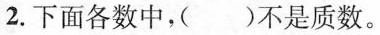
2.下面各数中，()不是质数。